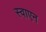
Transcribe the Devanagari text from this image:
स्वाएन